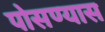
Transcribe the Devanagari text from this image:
पोसण्यास